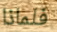
فلماذا